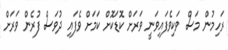
ރަހިމުން މަސް ވަކިވެފައިވަނީ ވަރަށް ކޮޑަކޮށް ކަމަށް ވެފައި ދުވަސް ފުރެން ވަރަށް